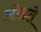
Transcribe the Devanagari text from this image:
ओढ़ते